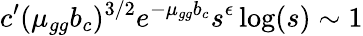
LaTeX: c^{\prime}(\mu_{gg}b_{c})^{3/2}e^{-\mu_{gg}b_{c}}s^{\epsilon}\log(s)\sim 1